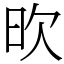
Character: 欥